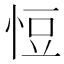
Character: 㤱